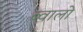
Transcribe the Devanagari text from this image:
ब्वालो